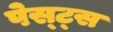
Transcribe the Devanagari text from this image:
पेस्ट्स